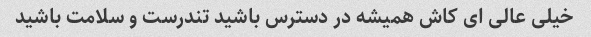
خیلی عالی ای کاش همیشه در دسترس باشید تندرست و سلامت باشید